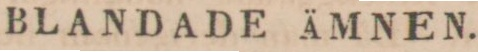
BLANDADE ÄMNEN.